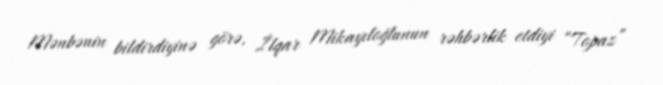
Mənbənin bildirdiyinə görə, İlqar Mikayıloğlunun rəhbərlik etdiyi “Topaz”